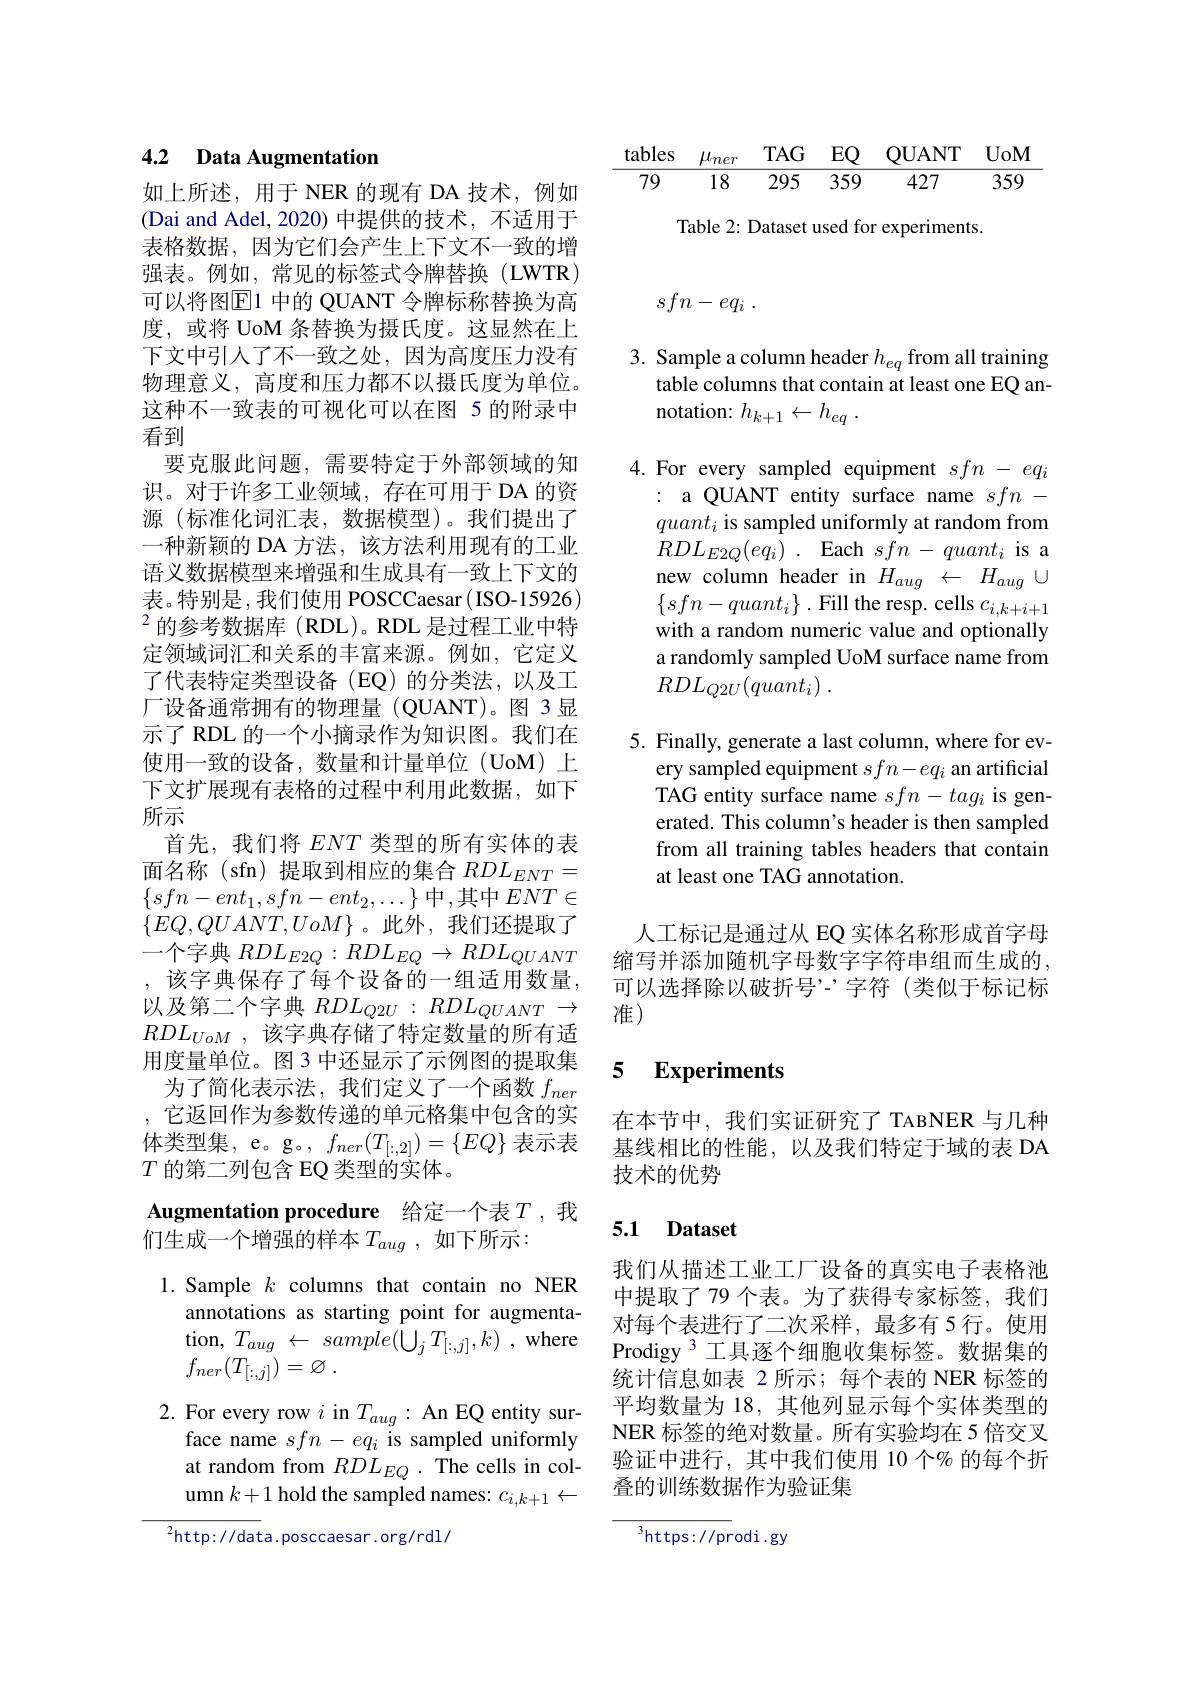
<table>
	<tbody>
		<tr>
			<th>tables</th>
			<th>$\mu_{ner}$</th>
			<th>$TAG$</th>
			<th>EQ</th>
			<th>QUANT</th>
			<th>UoM</th>
		</tr>
		<tr>
			<td>79</td>
			<td>18</td>
			<td>295</td>
			<td>359</td>
			<td>427</td>
			<td>359</td>
		</tr>
	</tbody>
</table>

Table 2: Dataset used for experiments.
$$sfn-eq_{i}\:.$$
3. Sample a column header $h_{eq}$ from all training
table columns that contain at least one EQ an-
notation: $h_{k+ 1}\leftarrow h_{eq}$ .

## 4.2 Data Augmentation

如上所述，用于 NER 的现有 DA 技术，例如(Dai and Adel, 2020) 中提供的技术，不适用于表格数据，因为它们会产生上下文不一致的增强表。例如，常见的标签式令牌替换(LWTR) 可以将图$\overline{\mathrm{E}}$1 中的 QUANT 令牌标称替换为高度，或将 UoM 条替换为摄氏度。这显然在上下文中引人了不一致之处，因为高度压力没有物理意义，高度和压力都不以摄氏度为单位。这种不一致表的可视化可以在图 5 的附录中看到
要克服此问题，需要特定于外部领域的知识。对于许多工业领域，存在可用于 DA 的资源 (标准化词汇表，数据模型)。我们提出了一种新颖的 DA 方法，该方法利用现有的工业语义数据模型来增强和生成具有一致上下文的表。特别是，我们使用 POSCCaesar(ISO-15926) $^2$的参考数据库(RDL)。RDL 是过程工业中特定领域词汇和关系的丰富来源。例如，它定义了代表特定类型设备(EQ)的分类法，以及工厂设备通常拥有的物理量(QUANT)。图 3显示了 RDL 的一个小摘录作为知识图。我们在使用一致的设备，数量和计量单位(UoM)上下文扩展现有表格的过程中利用此数据，如下所示
首先，我们将$ENT$类型的所有实体的表面名称(sfn)提取到相应的集合$RDL_ENT=$ $\{sfn-ent_1,sfn-ent_2,\ldots\}$中，其中$ENT\in$ $\{EQ,QUANT,UoM\}$。此外，我们还提取了一个字典$RDL_E2Q:RDL_{EQ}\to RDL_{QUANT}$ ,该字典保存了每个设备的一组适用数量， 以及第二个字典 $RDL_{Q2U}: RDL_{QUANT}\to$ 准)
$RDL_{UoM}$ ,该字典存储了特定数量的所有适用度量单位。图 3 中还显示了示例图的提取集
为了简化表示法，我们定义了一个函数$f_{ner}$ ,它返回作为参数传递的单元格集中包含的实体类型集，e。g。$,f_{ner}(T_{[:,2]})=\{EQ\}$表示表$T$的第二列包含 EQ 类型的实体。
Augmentation procedure 给定一个表$T$,我
们生成一个增强的样本$T_{aug}$,如下所示：

1. Sample $k$ columns that contain no NER

annotations as starting point for augmenta-

$\operatorname { tion} , T_{aug}$ $\leftarrow$ $sample( \bigcup _{j}T_{[ : , j] }, k)$ ,where

$f_{ner}( T_{[ : , j] }) = \varnothing$ .

2. For every row $i$ in $T_{aug}:$ An EQ entity sur-
face name $sfn-eq_i$ is sampled uniformly at random from $RDL_{EQ}.$ The cells in column $k+1$ hold the sampled names: $c_i,k+1\leftarrow$

$^{2}$http://data.posccaesar.org/rdl/

4.For every sampled equipment $sfn-eq_i$
: a QUANT entity surface name $sfn-$ $quant_i$ is sampled uniformly at random from $RDL_{E2Q}( eq_{i})$ . Each $sfn-quant_{i}$ is a new column header in $H_{aug}~\leftarrow~H_{aug}~\cup$ $\{sfn-quant_{i}\}.$Fill the resp. cells $c_i,k+i+1$ with a random numeric value and optionally a randomly sampled UoM surface name from $RDL_{Q2U}( quant_i)$ .

5. Finally, generate a last column, where for ev-
ery sampled equipment $sfn-eq_i$ an artificial TAG entity surface name $sfn-tag_{i}$ is generated. This column's header is then sampled from all training tables headers that contain at least one TAG annotation.

人工标记是通过从 EQ 实体名称形成首字母缩写并添加随机字母数字字符串组而生成的， 可以选择除以破折号’-'字符(类似于标记标

## 5 Experiments

在本节中，我们实证研究了 TABNER 与几种基线相比的性能，以及我们特定于域的表 DA 技术的优势

## 5.1 Dataset

我们从描述工业工厂设备的真实电子表格池中提取了 79 个表。为了获得专家标签，我们对每个表进行了二次采样，最多有 5 行。使用Prodigy 3 工具逐个细胞收集标签。数据集的统计信息如表 2 所示；每个表的 NER 标签的平均数量为 18, 其他列显示每个实体类型的NER 标签的绝对数量。所有实验均在 5 倍交叉验证中进行，其中我们使用 10 个% 的每个折叠的训练数据作为验证集

${^3}$https://prodi.gy